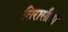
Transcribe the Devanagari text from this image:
तिरासीवां